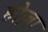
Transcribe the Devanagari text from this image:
होज़ा